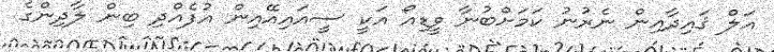
އަލް ޤައިދާއިން ނެރުނު ކަމަށްބުނާ ވީޑިއޯ އަކީ ސީއައިއޭއިން އުފެއްދި ބިން ލާދިންގެ